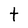
Character: t